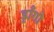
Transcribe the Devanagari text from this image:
ड्राँगो